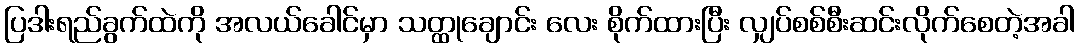
ပြဒါးရည်ခွက်ထဲကို အလယ်ခေါင်မှာ သတ္ထုချောင်း လေး စိုက်ထားပြီး လျှပ်စစ်စီးဆင်းလိုက်စေတဲ့အခါ